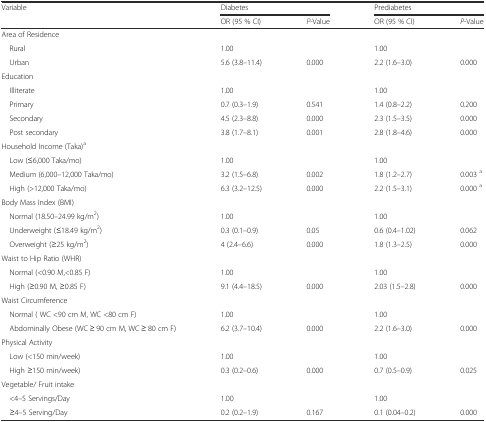
<table><thead><tr><td rowspan="2"><b>Variable</b></td><td colspan="2"><b>Diabetes</b></td><td colspan="2"><b>Prediabetes</b></td></tr><tr><td><b>OR (95 % CI)</b></td><td><b><i>P</i>-Value</b></td><td><b>OR (95 % CI)</b></td><td><b><i>P</i>-Value</b></td></tr></thead><tbody><tr><td>Area of Residence</td><td></td><td></td><td></td><td></td></tr><tr><td> Rural</td><td>1.00</td><td></td><td>1.00</td><td></td></tr><tr><td> Urban</td><td>5.6 (3.8–11.4)</td><td>0.000</td><td>2.2 (1.6–3.0)</td><td>0.000</td></tr><tr><td>Education</td><td></td><td></td><td></td><td></td></tr><tr><td> Illiterate</td><td>1.00</td><td></td><td>1.00</td><td></td></tr><tr><td> Primary</td><td>0.7 (0.3–1.9)</td><td>0.541</td><td>1.4 (0.8–2.2)</td><td>0.200</td></tr><tr><td> Secondary</td><td>4.5 (2.3–8.8)</td><td>0.000</td><td>2.3 (1.5–3.5)</td><td>0.000</td></tr><tr><td> Post secondary</td><td>3.8 (1.7–8.1)</td><td>0.001</td><td>2.8 (1.8–4.6)</td><td>0.000</td></tr><tr><td>Household Income (Taka)<sup>a</sup></td><td></td><td></td><td></td><td></td></tr><tr><td> Low (≤6,000 Taka/mo)</td><td>1.00</td><td></td><td>1.00</td><td></td></tr><tr><td> Medium (6,000–12,000 Taka/mo)</td><td>3.2 (1.5–6.8)</td><td>0.002</td><td>1.8 (1.2–2.7)</td><td>0.003 <sup>a</sup></td></tr><tr><td> High (&gt;12,000 Taka/mo)</td><td>6.3 (3.2–12.5)</td><td>0.000</td><td>2.2 (1.5–3.1)</td><td>0.000 <sup>a</sup></td></tr><tr><td>Body Mass Index (BMI)</td><td></td><td></td><td></td><td></td></tr><tr><td> Normal (18.50–24.99 kg/m<sup>2</sup>)</td><td>1.00</td><td></td><td>1.00</td><td></td></tr><tr><td> Underweight (≤18.49 kg/m<sup>2</sup>)</td><td>0.3 (0.1–0.9)</td><td>0.05</td><td>0.6 (0.4–1.02)</td><td>0.062</td></tr><tr><td> Overweight (≥25 kg/m<sup>2</sup>)</td><td>4 (2.4–6.6)</td><td>0.000</td><td>1.8 (1.3–2.5)</td><td>0.000</td></tr><tr><td>Waist to Hip Ratio (WHR)</td><td></td><td></td><td></td><td></td></tr><tr><td> Normal (&lt;0.90 M,&lt;0.85 F)</td><td>1.00</td><td></td><td>1.00</td><td></td></tr><tr><td> High (≥0.90 M, ≥0.85 F)</td><td>9.1 (4.4–18.5)</td><td>0.000</td><td>2.03 (1.5–2.8)</td><td>0.000</td></tr><tr><td>Waist Circumference</td><td></td><td></td><td></td><td></td></tr><tr><td> Normal ( WC &lt;90 cm M, WC &lt;80 cm F)</td><td>1.00</td><td></td><td>1.00</td><td></td></tr><tr><td> Abdominally Obese (WC ≥ 90 cm M, WC ≥ 80 cm F)</td><td>6.2 (3.7–10.4)</td><td>0.000</td><td>2.2 (1.6–3.0)</td><td>0.000</td></tr><tr><td>Physical Activity</td><td></td><td></td><td></td><td></td></tr><tr><td> Low (&lt;150 min/week)</td><td>1.00</td><td></td><td>1.00</td><td></td></tr><tr><td> High ≥150 min/week)</td><td>0.3 (0.2–0.6)</td><td>0.000</td><td>0.7 (0.5–0.9)</td><td>0.025</td></tr><tr><td>Vegetable/ Fruit intake</td><td></td><td></td><td></td><td></td></tr><tr><td> &lt;4–5 Servings/Day</td><td>1.00</td><td></td><td>1.00</td><td></td></tr><tr><td> ≥4–5 Serving/Day</td><td>0.2 (0.2–1.9)</td><td>0.167</td><td>0.1 (0.04–0.2)</td><td>0.000</td></tr></tbody></table>